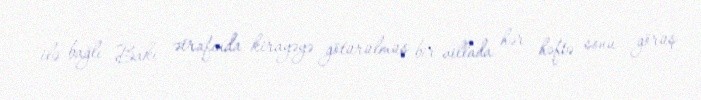
ilə bağlı Bakı ətrafında kirayəyə götürülmüş bir villada hər həftə sonu görüş